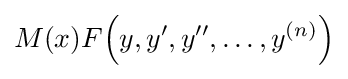
M(x)F\!\left(y,y',y'',\ldots ,y^{(n)}\right)